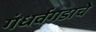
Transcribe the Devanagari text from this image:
गंधर्वगडाचे